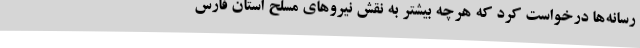
رسانه‌ها درخواست کرد که هرچه بیشتر به نقش نیروهای مسلح استان فارس